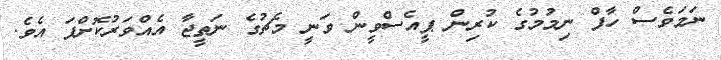
ނަމަވެސް ހާފް ނިމުމުގެ ކުރިން ޕީއެސްވީން ވަނީ މެޗުގެ ނަތީޖާ އެއްވަރުކޮށްފަ އެވެ.